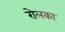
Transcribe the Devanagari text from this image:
रोलका